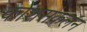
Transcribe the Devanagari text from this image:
कोशसंकलन